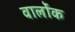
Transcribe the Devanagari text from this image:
वार्लोक